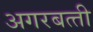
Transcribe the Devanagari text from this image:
अगरबत्‍ती